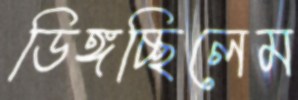
ডিঙ্গচ্ছিলেম